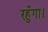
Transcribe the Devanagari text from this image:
रहुँगा।